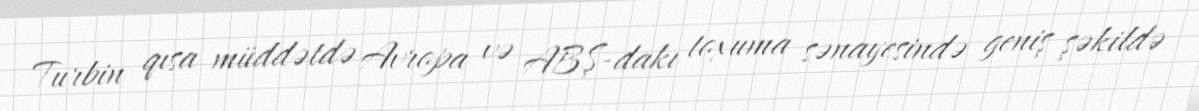
Turbin qısa müddətdə Avropa və ABŞ-dakı toxuma sənayesində geniş şəkildə